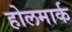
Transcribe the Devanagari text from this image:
होलमार्क